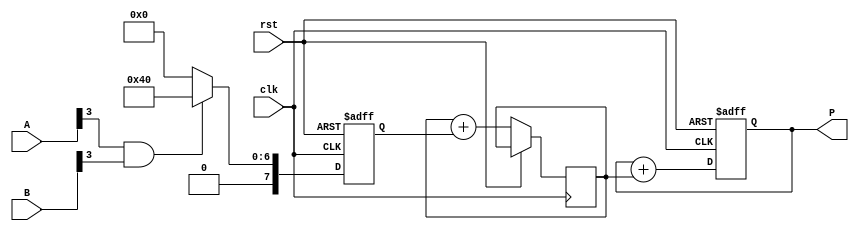
module systolic_multiplier #(
    parameter WIDTH_A = 4,  // Bit width of multiplicand
    parameter WIDTH_B = 4   // Bit width of multiplier
)(
    input wire clk,
    input wire rst,
    input wire [WIDTH_A-1:0] A,
    input wire [WIDTH_B-1:0] B,
    output reg [WIDTH_A + WIDTH_B - 1:0] P
);

    // Internal signals for processing elements
    reg [WIDTH_A + WIDTH_B - 1:0] pp [0:WIDTH_A-1][0:WIDTH_B-1]; // Partial products grid
    reg [WIDTH_A + WIDTH_B - 1:0] accum [0:WIDTH_A-1]; // Accumulated results

    integer i, j;

    // Reset and initialization
    always @(posedge clk or posedge rst) begin
        if (rst) begin
            P <= 0;
            for (i = 0; i < WIDTH_A; i = i + 1) begin
                for (j = 0; j < WIDTH_B; j = j + 1) begin
                    pp[i][j] <= 0;
                end
            end
        end else begin
            // Partial product generation
            for (i = 0; i < WIDTH_A; i = i + 1) begin
                for (j = 0; j < WIDTH_B; j = j + 1) begin
                    if (A[i] & B[j]) begin
                        pp[i][j] <= 1 << (i + j); // Generate partial product
                    end else begin
                        pp[i][j] <= 0; 
                    end
                end
            end

            // Accumulation of partial products
            // Resetting the accumulator
            for (i = 0; i < WIDTH_A; i = i + 1) begin
                accum[i] <= 0;
            end

            // Adding partial products
            for (j = 0; j < WIDTH_B; j = j + 1) begin
                for (i = 0; i < WIDTH_A; i = i + 1) begin
                    accum[j] <= accum[j] + pp[i][j];
                end
            end
            
            // Final accumulation to get the product
            P <= 0;
            for (i = 0; i < WIDTH_B; i = i + 1) begin
                P <= P + accum[i];
            end
        end
    end
endmodule